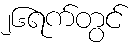
၂၆ရက်တွင်